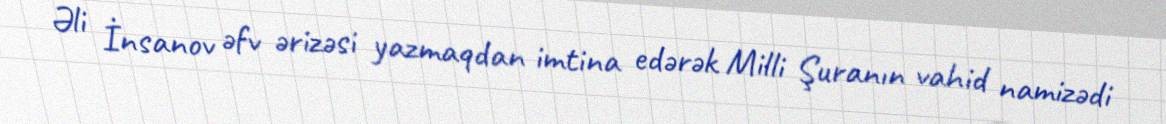
Əli İnsanov əfv ərizəsi yazmaqdan imtina edərək Milli Şuranın vahid namizədi